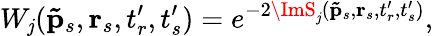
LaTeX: W_{\mathit{j}}(\mathbf{{\tilde{{p}}}}_{s},\textbf{{r}}_{s},t_{r}^{\prime},t_{s}^{\prime})=e^{-2\ImS_{\mathit{j}}(\mathbf{{\tilde{{p}}}}_{s},\textbf{{r}}_{s},t_{r}^{\prime},t_{s}^{\prime})},